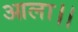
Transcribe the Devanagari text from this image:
आला।।